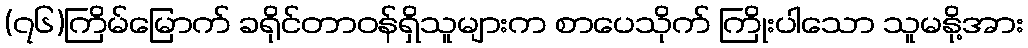
(၇၆)ကြိမ်မြောက် ခရိုင်တာဝန်ရှိသူများက စာပေသိုက် ကြိုးပါသော သူမနို့အား